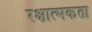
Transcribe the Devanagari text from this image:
रक्षात्मकता